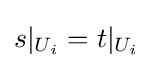
s|_{U_{i}}=t|_{U_{i}}